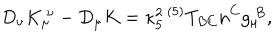
LaTeX: D _ { \nu } K _ { \mu } ^ { ~ \nu } - D _ { \mu } K = \kappa _ { 5 } ^ { 2 } \, { } ^ { ( 5 ) } T _ { B C } n ^ { C } g _ { \mu } ^ { ~ B } ,